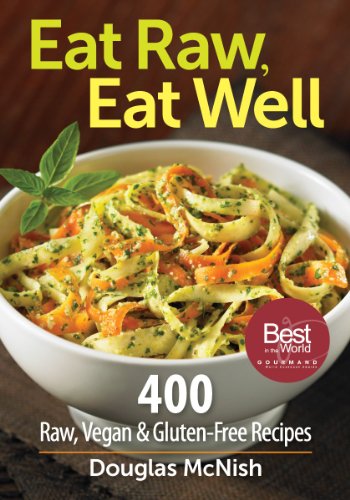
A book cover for Eat Raw, Eat Well: 400 Raw, Vegan and Gluten-Free Recipes; Douglas McNish; Health, Fitness & Dieting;